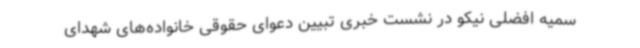
سمیه افضلی نیکو در نشست خبری تبیین دعوای حقوقی خانواده‌های شهدای